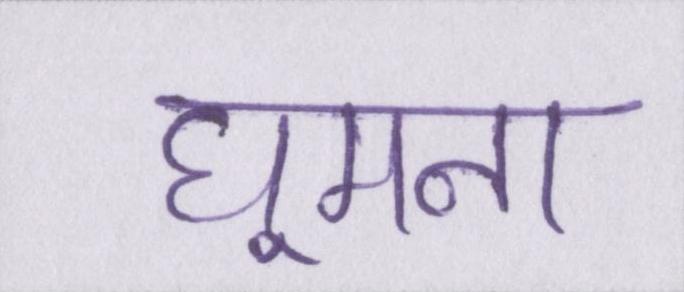
घूमना